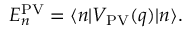
E _ { n } ^ { \mathrm { P V } } = \langle { n } | V _ { \mathrm { P V } } ( q ) | { n } \rangle .